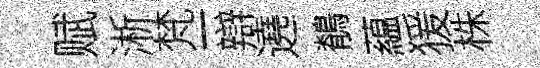
赋淅梵一辯遶鶺藴猨株